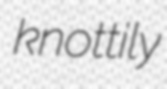
knottily